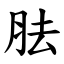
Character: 胠